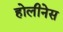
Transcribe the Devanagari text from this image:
होलीनेस